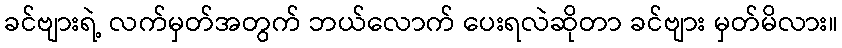
ခင်ဗျားရဲ့ လက်မှတ်အတွက် ဘယ်လောက် ပေးရလဲဆိုတာ ခင်ဗျား မှတ်မိလား။